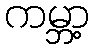
ကမ္ဘာ့